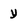
Character: y